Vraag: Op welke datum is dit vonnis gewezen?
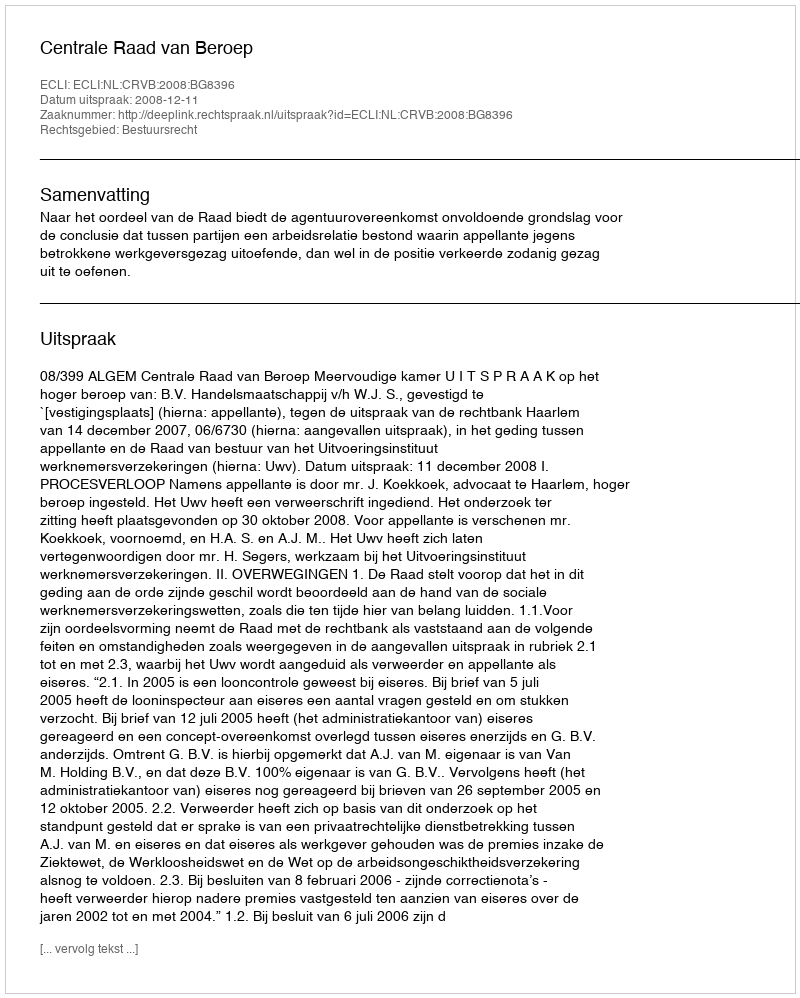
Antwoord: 2008-12-11